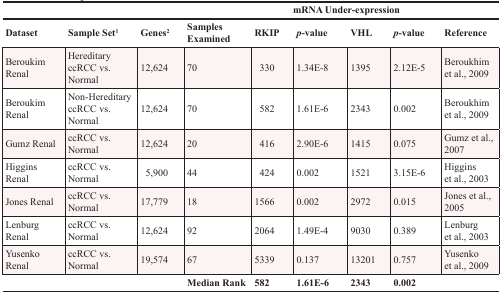
<table><thead><tr><td></td><td></td><td></td><td></td><td colspan="4"><b>mRNA Under-expression</b></td><td></td></tr><tr><td><b>Dataset</b></td><td><b>Sample Set1</b></td><td><b>Genes2</b></td><td><b>Samples Examined</b></td><td><b>RKIP</b></td><td><b><i>p</i>-value</b></td><td><b>VHL</b></td><td><b><i>p</i>-value</b></td><td><b>Reference</b></td></tr></thead><tbody><tr><td>Beroukim Renal</td><td>Hereditary ccRCC vs. Normal</td><td>12,624</td><td>70</td><td>330</td><td>1.34E-8</td><td>1395</td><td>2.12E-5</td><td>Beroukhim et al., 2009</td></tr><tr><td>Beroukim Renal</td><td>Non-Hereditary ccRCC vs. Normal</td><td>12,624</td><td>70</td><td>582</td><td>1.61E-6</td><td>2343</td><td>0.002</td><td>Beroukhim et al., 2009</td></tr><tr><td>Gumz Renal</td><td>ccRCC vs. Normal</td><td>12,624</td><td>20</td><td>416</td><td>2.90E-6</td><td>1415</td><td>0.075</td><td>Gumz et al., 2007</td></tr><tr><td>Higgins Renal</td><td>ccRCC vs. Normal</td><td>5,900</td><td>44</td><td>424</td><td>0.002</td><td>1521</td><td>3.15E-6</td><td>Higgins et al., 2003</td></tr><tr><td>Jones Renal</td><td>ccRCC vs. Normal</td><td>17,779</td><td>18</td><td>1566</td><td>0.002</td><td>2972</td><td>0.015</td><td>Jones et al., 2005</td></tr><tr><td>Lenburg Renal</td><td>ccRCC vs. Normal</td><td>12,624</td><td>92</td><td>2064</td><td>1.49E-4</td><td>9030</td><td>0.389</td><td>Lenburg et al., 2003</td></tr><tr><td>Yusenko Renal</td><td>ccRCC vs. Normal</td><td>19,574</td><td>67</td><td>5339</td><td>0.137</td><td>13201</td><td>0.757</td><td>Yusenko et al., 2009</td></tr><tr><td></td><td></td><td></td><td><b>Median Rank</b></td><td><b>582</b></td><td><b>1.61E-6</b></td><td><b>2343</b></td><td><b>0.002</b></td><td></td></tr></tbody></table>